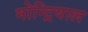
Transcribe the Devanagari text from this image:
मोन्ट्रियाल